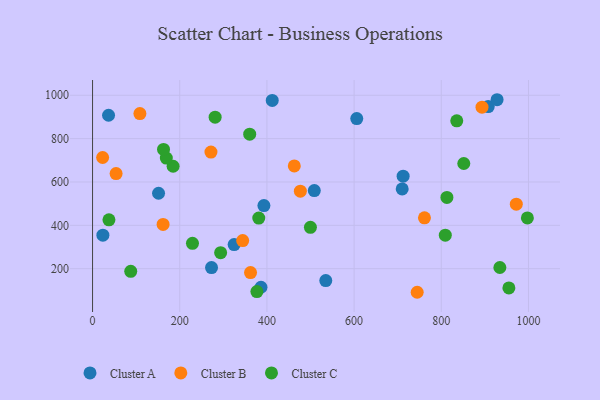
{"axis": {"x": "Engine Size", "y": "Sales"}, "legend": ["Cluster A", "Cluster B", "Cluster C"], "data": [{"x": "508.7", "y": 560.3, "type": "Cluster A"}, {"x": "23.7", "y": 354.7, "type": "Cluster A"}, {"x": "393.1", "y": 491.2, "type": "Cluster A"}, {"x": "907.7", "y": 947.9, "type": "Cluster A"}, {"x": "386.4", "y": 114.3, "type": "Cluster A"}, {"x": "928.0", "y": 979.5, "type": "Cluster A"}, {"x": "606.1", "y": 892.6, "type": "Cluster A"}, {"x": "710.3", "y": 568.2, "type": "Cluster A"}, {"x": "412.2", "y": 976.1, "type": "Cluster A"}, {"x": "535.0", "y": 145.1, "type": "Cluster A"}, {"x": "324.8", "y": 311.3, "type": "Cluster A"}, {"x": "272.9", "y": 205.2, "type": "Cluster A"}, {"x": "151.4", "y": 548.1, "type": "Cluster A"}, {"x": "36.7", "y": 907.8, "type": "Cluster A"}, {"x": "712.5", "y": 626.6, "type": "Cluster A"}, {"x": "972.1", "y": 497.8, "type": "Cluster B"}, {"x": "271.6", "y": 737.8, "type": "Cluster B"}, {"x": "462.8", "y": 673.9, "type": "Cluster B"}, {"x": "23.1", "y": 712.9, "type": "Cluster B"}, {"x": "54.0", "y": 638.7, "type": "Cluster B"}, {"x": "161.8", "y": 404.3, "type": "Cluster B"}, {"x": "744.7", "y": 91.2, "type": "Cluster B"}, {"x": "761.4", "y": 434.6, "type": "Cluster B"}, {"x": "108.6", "y": 915.4, "type": "Cluster B"}, {"x": "476.7", "y": 557.7, "type": "Cluster B"}, {"x": "344.4", "y": 329.5, "type": "Cluster B"}, {"x": "893.4", "y": 945.1, "type": "Cluster B"}, {"x": "362.4", "y": 182.2, "type": "Cluster B"}, {"x": "377.0", "y": 94.4, "type": "Cluster C"}, {"x": "997.5", "y": 434.3, "type": "Cluster C"}, {"x": "281.2", "y": 899.0, "type": "Cluster C"}, {"x": "499.8", "y": 390.8, "type": "Cluster C"}, {"x": "934.4", "y": 205.4, "type": "Cluster C"}, {"x": "87.6", "y": 187.7, "type": "Cluster C"}, {"x": "835.5", "y": 882.0, "type": "Cluster C"}, {"x": "809.2", "y": 354.4, "type": "Cluster C"}, {"x": "812.9", "y": 528.6, "type": "Cluster C"}, {"x": "37.6", "y": 425.4, "type": "Cluster C"}, {"x": "184.8", "y": 672.7, "type": "Cluster C"}, {"x": "381.3", "y": 433.4, "type": "Cluster C"}, {"x": "229.2", "y": 316.9, "type": "Cluster C"}, {"x": "293.8", "y": 273.9, "type": "Cluster C"}, {"x": "955.1", "y": 111.3, "type": "Cluster C"}, {"x": "169.2", "y": 710.5, "type": "Cluster C"}, {"x": "851.6", "y": 685.3, "type": "Cluster C"}, {"x": "162.8", "y": 750.3, "type": "Cluster C"}, {"x": "360.5", "y": 820.8, "type": "Cluster C"}]}